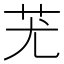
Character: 𦬓